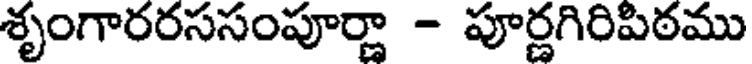
శృంగారరససంపూర్ణా - పూర్ణగిరిపిఠము